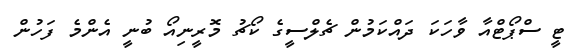
ޓީ ސްޕޯޓްއާ ވާހަކަ ދައްކަމުން ޗެލްސީގެ ކޯޗު މޮރީނިއޯ ބުނީ އެންމެ ފަހުން